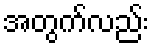
အတွက်လည်း